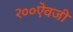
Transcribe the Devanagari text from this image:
२००ऐवजी